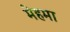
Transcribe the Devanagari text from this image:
मेहमा